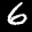
Label: 6